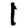
Digit: 1